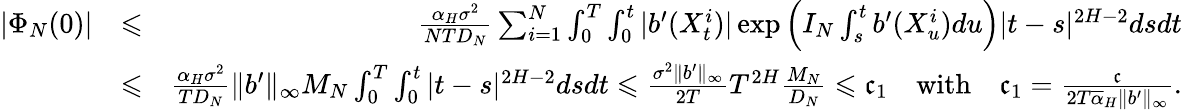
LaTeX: \begin{array}{rlr}{|\Phi_{N}(0)|}&{\leqslant}&{\frac{\alpha_{H}\sigma^{2}}{NTD_{N}}\sum_{i=1}^{N}\int_{0}^{T}\int_{0}^{t}|b^{\prime}(X_{t}^{i})|\exp\left(I_{N}\int_{s}^{t}b^{\prime}(X_{u}^{i})du\right)|t-s|^{2H-2}dsdt}\\ &{\leqslant}&{\frac{\alpha_{H}\sigma^{2}}{TD_{N}}\| b^{\prime}\| _{\infty}M_{N}\int_{0}^{T}\int_{0}^{t}|t-s|^{2H-2}dsdt\leqslant\frac{\sigma^{2}\| b^{\prime}\| _{\infty}}{2T}T^{2H}\frac{M_{N}}{D_{N}}\leqslant\mathfrak c_{1}\quad\mathrm{with}\quad\mathfrak c_{1}=\frac{\mathfrak c}{2T\overline{\alpha}_{H}\| b^{\prime}\| _{\infty}}.}\end{array}